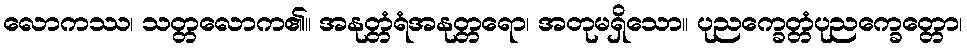
လောကဿ၊ သတ္တလောက၏။ အနုတ္တံရံအနုတ္တရော၊ အတုမရှိသော။ ပုညက္ခေတ္တံပုညက္ခေတ္တော၊